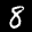
Label: 8